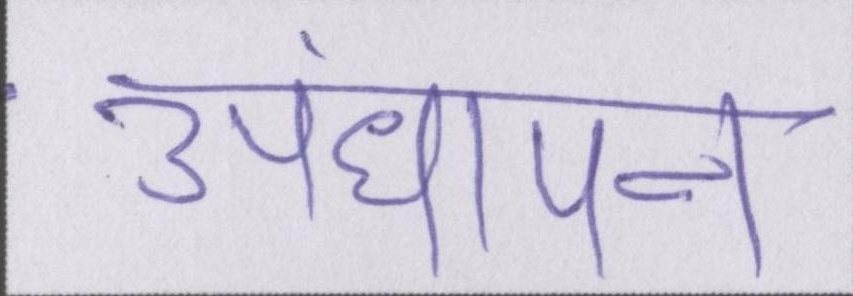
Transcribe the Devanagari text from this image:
अंधापन